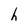
Character: h